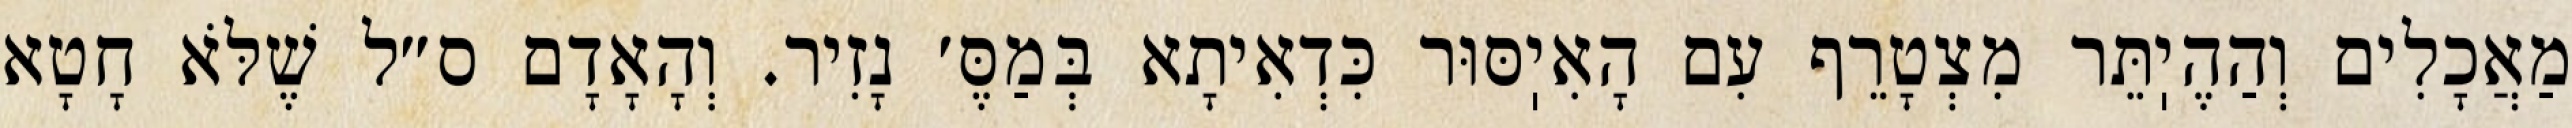
מַאֲכָלִים וְהַהֶיֽתֵּר מִצְטָרֵף עִם הָאִיֽסּוּר כִּדְאִיתָא בְּמַסֶּ׳ נָזִיר. וְהָאָדָם ס״ל שֶׁלֹּא חָטָא